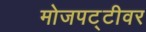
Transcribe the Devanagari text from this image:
मोजपट्टीवर